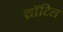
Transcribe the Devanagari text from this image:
थ्रॉटिल